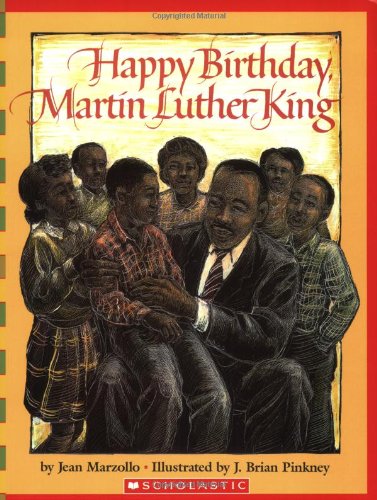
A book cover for Happy Birthday, Martin Luther King Jr. (Scholastic Bookshelf); Jean Marzollo; Children's Books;